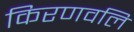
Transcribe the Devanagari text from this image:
किरणवलि